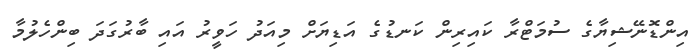
އިންޑޮނޭޝިޔާގެ ސުމަޓްރާ ކައިރިން ކަނޑުގެ އަޑިޔަށް މިއަދު ހަވީރު އައި ބާރުގަދަ ބިންހެލުމާ